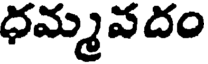
ధమ్మవదం